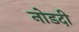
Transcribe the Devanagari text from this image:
नोडदी